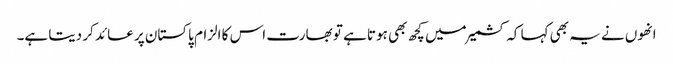
انھوں نے یہ بھی کہا کہ کشمیرمیں کچھ بھی ہوتا ہے تو بھارت اس کا الزام پاکستان پر عائد کر دیتا ہے۔